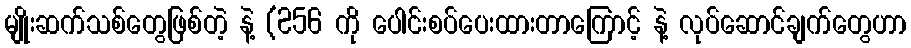
မျိုးဆက်သစ်တွေဖြစ်တဲ့ နဲ့ (256 ကို ပေါင်းစပ်ပေးထားတာကြောင့် နဲ့ လုပ်ဆောင်ချက်တွေဟာ